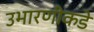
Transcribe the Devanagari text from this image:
उभारणीकडे